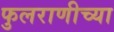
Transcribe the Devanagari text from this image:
फुलराणीच्या